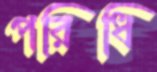
পরিধি